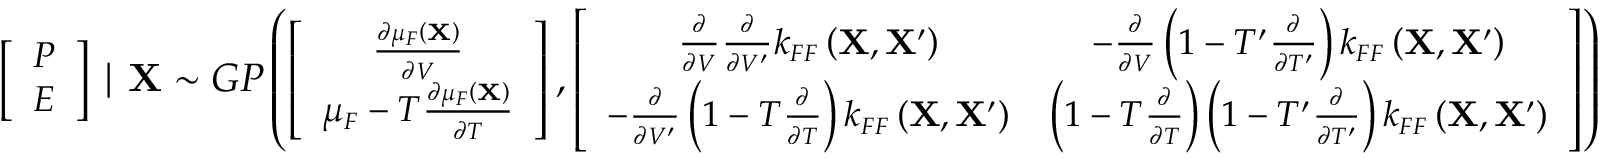
\small \left[ \begin{array} { c c } { P } \\ { E } \end{array} \right] \mid \mathbf { X } \sim G P \left( \left[ \begin{array} { c c } { \frac { \partial \mu _ { F } \left( \mathbf { X } \right) } { \partial V } } \\ { \mu _ { F } - T \frac { \partial \mu _ { F } \left( \mathbf { X } \right) } { \partial T } } \end{array} \right] , \left[ \begin{array} { c c } { \frac { \partial } { \partial V } \frac { \partial } { \partial V ^ { \prime } } k _ { F F } \left( \mathbf { X } , \mathbf { X } ^ { \prime } \right) } & { - \frac { \partial } { \partial V } \left( 1 - T ^ { \prime } \frac { \partial } { \partial T ^ { \prime } } \right) k _ { F F } \left( \mathbf { X } , \mathbf { X } ^ { \prime } \right) } \\ { - \frac { \partial } { \partial V ^ { \prime } } \left( 1 - T \frac { \partial } { \partial T } \right) k _ { F F } \left( \mathbf { X } , \mathbf { X } ^ { \prime } \right) } & { \left( 1 - T \frac { \partial } { \partial T } \right) \left( 1 - T ^ { \prime } \frac { \partial } { \partial T ^ { \prime } } \right) k _ { F F } \left( \mathbf { X } , \mathbf { X } ^ { \prime } \right) } \end{array} \right] \right)